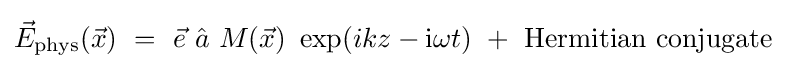
{\vec {E}}_{\rm {phys}}({\vec {x}})~=~{\vec {e}}~{\hat {a}}~M({\vec {x}})~\exp(ikz-{\rm {i}}\omega t)~+~{\rm {Hermitian~conjugate}}~